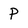
Character: P